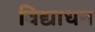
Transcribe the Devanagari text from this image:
विद्याधन